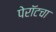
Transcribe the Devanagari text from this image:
पेरॉटचा